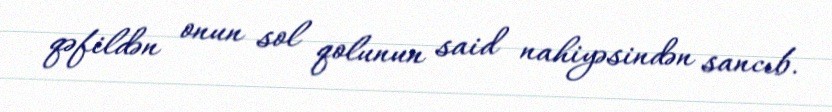
qəfildən onun sol qolunun said nahiyəsindən sancıb.